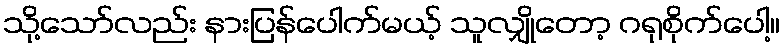
သို့သော်လည်း နားပြန်ပေါက်မယ့် သူလျှိုတော့ ဂရုစိုက်ပေါ့။